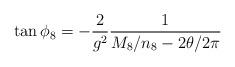
LaTeX: \begin{align*}\tan \phi_8 =- {2\over {g^2}} { 1 \over { M_8/n_8 - 2 \theta /2\pi}}\end{align*}